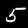
Digit: 5